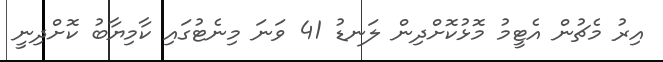
އިރު މެޗުން އެޓީމު މޮޅުކޮށްދިން ލަނޑު 41 ވަނަ މިނެޓުގައި ކާމިޔާބު ކޮށްދިނީ